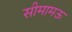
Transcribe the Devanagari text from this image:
सीमामऊ